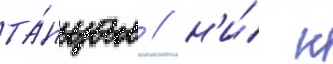
та́нцам / н'и́ к